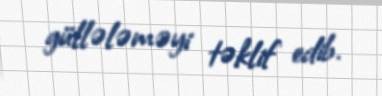
güllələməyi təklif edib.